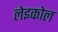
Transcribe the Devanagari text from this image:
लेइकोल